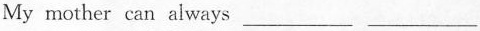
My mother can always ___ ___